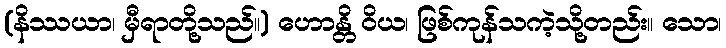
(နိဿယာ၊ မှီရာတို့သည်။) ဟောန္တိ ဝိယ၊ ဖြစ်ကုန်သကဲ့သို့တည်း။ သော၊